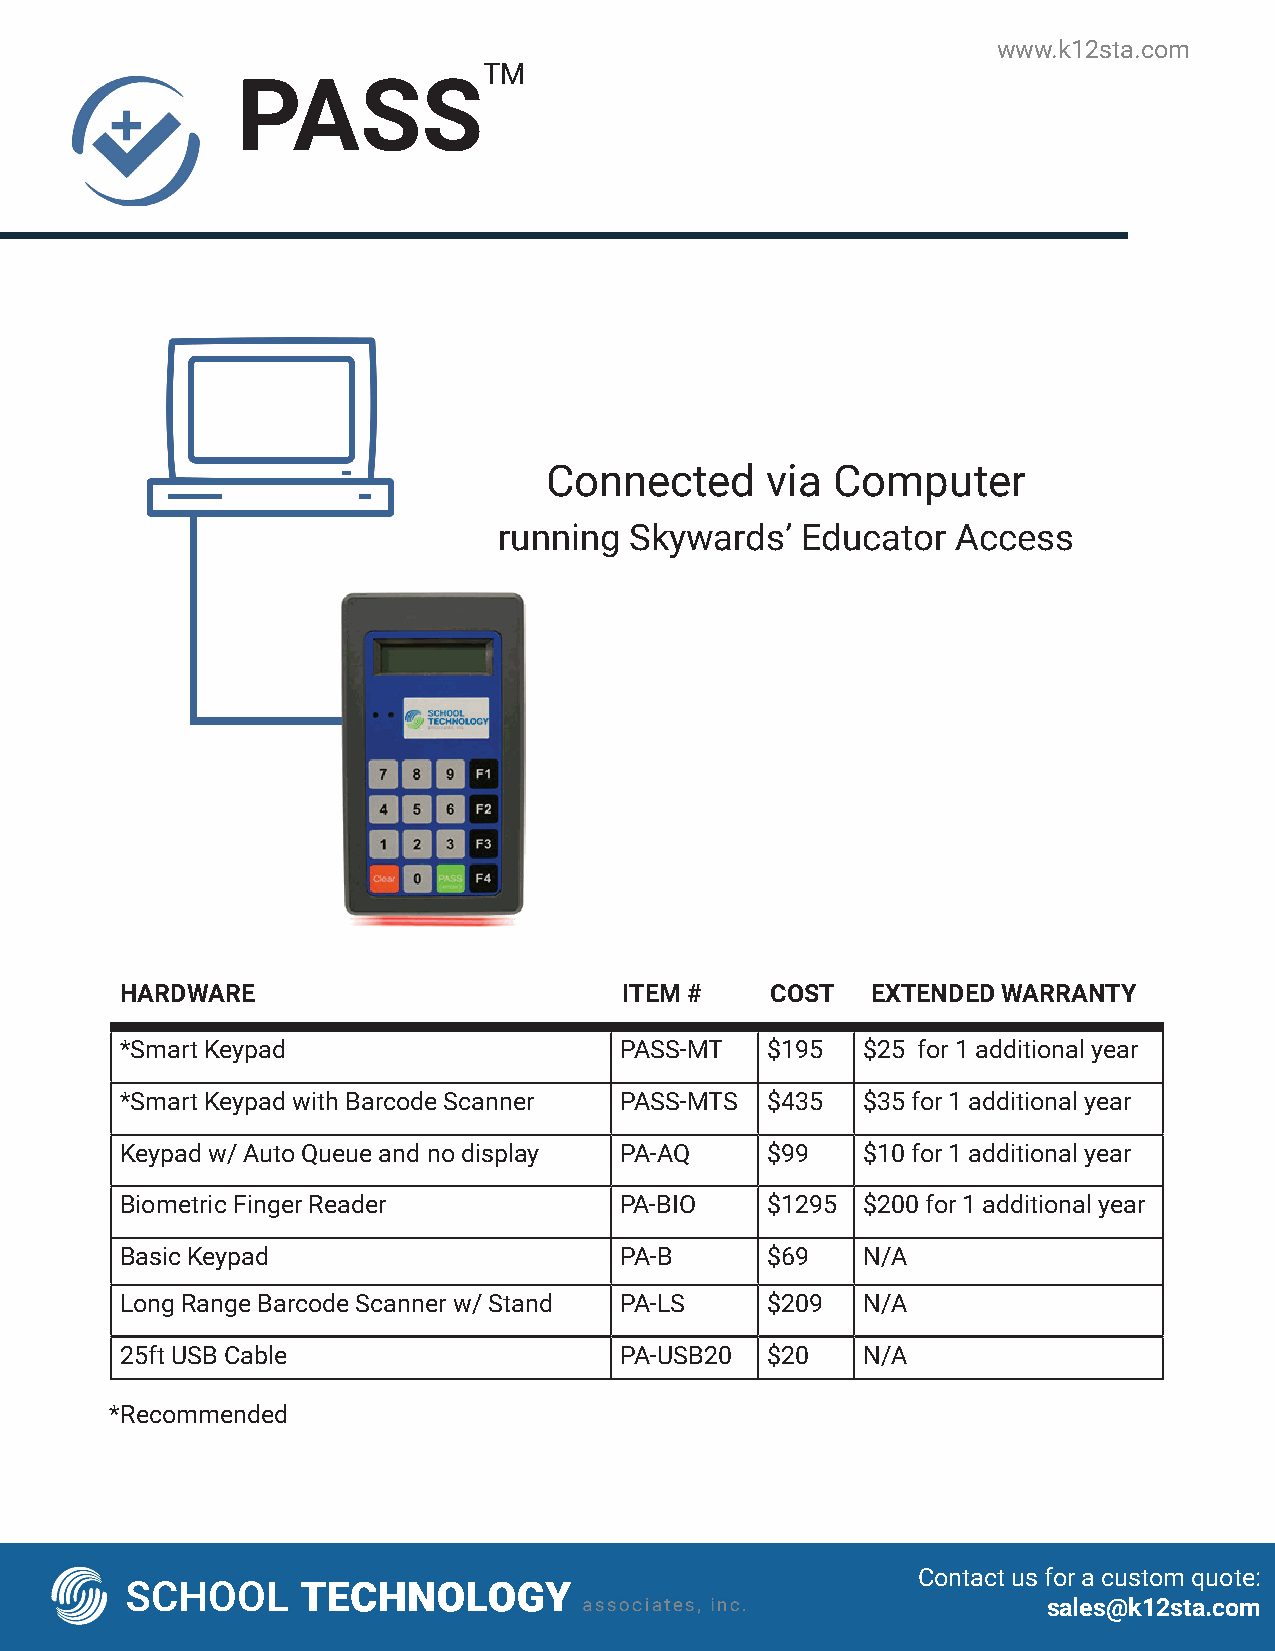
www.k12sta.com
 TM
 PASS
 Connected      via Computer
 running  Skywards’  Educator  Access
 HARDWARE                         ITEM #    COST   EXTENDED WARRANTY
 *Smart Keypad                    PASS-MT   $195  $25 for 1 additional year
 *Smart Keypad with Barcode Scanner PASS-MTS $435 $35 for 1 additional year
 Keypad w/ Auto Queue and no display PA-AQ  $99   $10 for 1 additional year
 Biometric Finger Reader          PA-BIO    $1295 $200 for 1 additional year
 Basic Keypad                     PA-B      $69   N/A
 Long Range Barcode Scanner w/ Stand PA-LS  $209  N/A
 25ft USB Cable                   PA-USB20  $20   N/A
 *Recommended
 Contact us for a custom quote:
 sales@k12sta.com